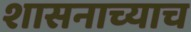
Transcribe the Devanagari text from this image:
शासनाच्याच